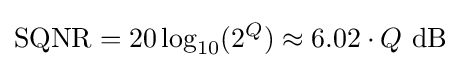
\mathrm {SQNR} =20\log _{10}(2^{Q})\approx 6.02\cdot Q\ \mathrm {dB} \,\!